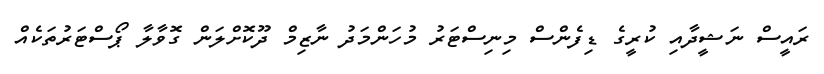
ރައީސް ނަޝީދާއި ކުރީގެ ޑިފެންސް މިނިސްޓަރު މުހަންމަދު ނާޒިމް ދޫކޮށްލަން ގޮވާލާ ޕޯސްޓަރުތަކެއް